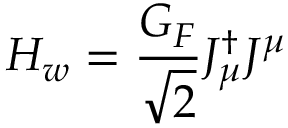
{ \cal H } _ { w } = { \frac { G _ { F } } { \sqrt { 2 } } } J _ { \mu } ^ { \dagger } J ^ { \mu }